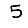
Digit: 5